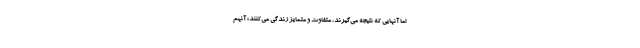
اما آنهایی که نتیجه می‌گیرند، متفاوت و متمایز زندگی می‌کنند؛ آنهم